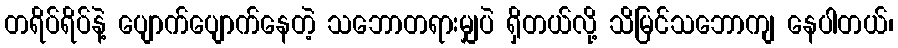
တရိပ်ရိပ်နဲ့ ပျောက်ပျောက်နေတဲ့ သဘောတရားမျှပဲ ရှိတယ်လို့ သိမြင်သဘောကျ နေပါတယ်၊